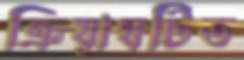
ক্রিয়াঘটিত